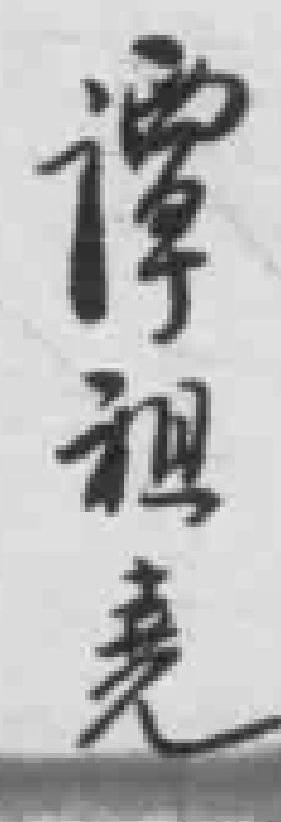
谭祖*